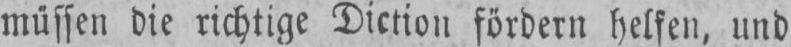
müssen die richtige Diction fördern helfen, und